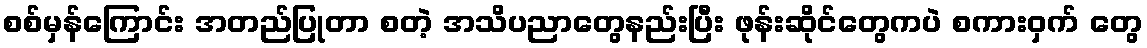
စစ်မှန်ကြောင်း အတည်ပြုတာ စတဲ့ အသိပညာတွေနည်းပြီး ဖုန်းဆိုင်တွေကပဲ စကားဝှက် တွေ